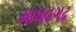
માધવગઢ